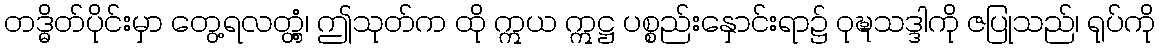
တဒ္ဓိတ်ပိုင်းမှာ တွေ့ရလတ္တံ့၊ ဤသုတ်က ထို ဣယ ဣဋ္ဌ ပစ္စည်းနှောင်းရာ၌ ဝုဍ္ဎသဒ္ဒါကို ဇပြုသည်၊ ရုပ်ကို